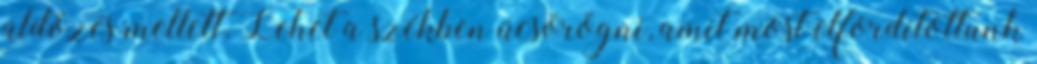
üldözés mellett. Lehet a székben ücsörögni, amit most elfordítottunk